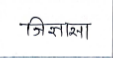
मजकूर: जिज्ञासा